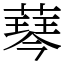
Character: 䔷